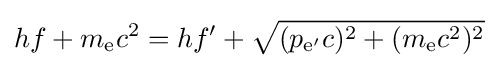
hf+m_{\text{e}}c^{2}=hf'+{\sqrt {(p_{{\text{e}}'}c)^{2}+(m_{\text{e}}c^{2})^{2}}}